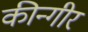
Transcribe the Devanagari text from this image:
कीन्गीर